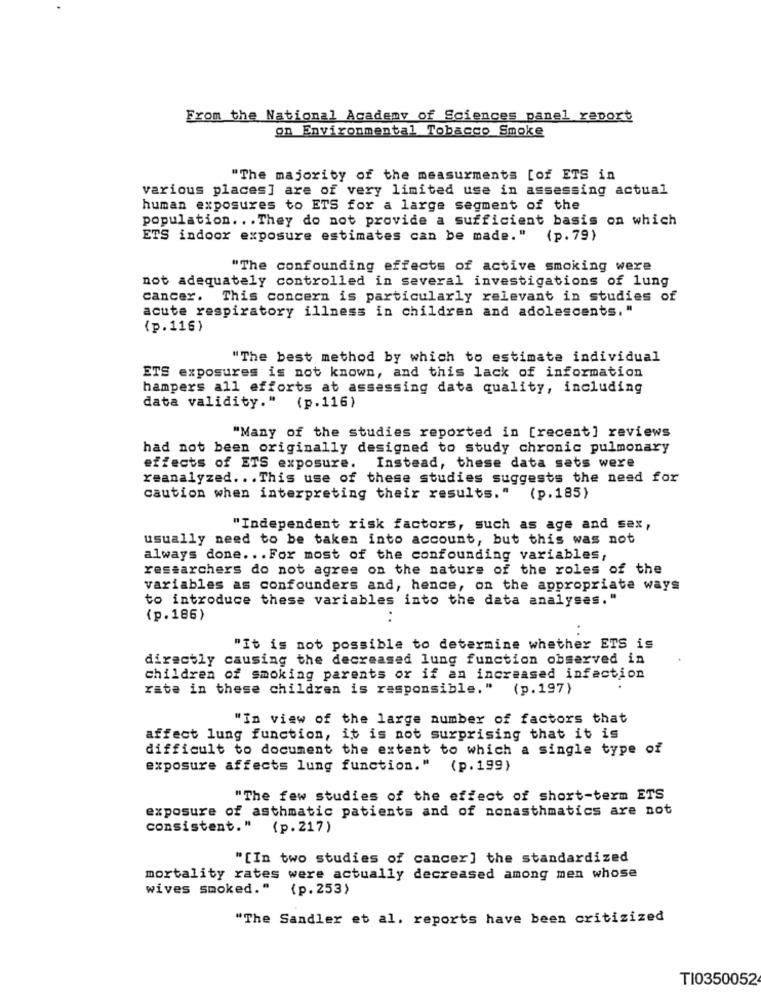
From the National Academy of Sciences panel report
on Environmental Tobacco Smoke
"The majority of the measurments [of ETS in
various places] are of very limited use in assessing actual
human exposures to ETS for a large segment of the
population ... They do not provide a sufficient basis on which
ETS indoor exposure estimates can be made."
(p. 79)
"The confounding effects of active smoking were
not adequately controlled in several investigations of lung
cancer. This concern is particularly relevant in studies of
acute respiratory illness in children and adolescents."
(p.116)
"The best method by which to estimate individual
ETS exposures is not known, and this lack of information
hampers all efforts at assessing data quality, including
data validity."
(p.116)
"Many of the studies reported in [recent] reviews
had not been originally designed to study chronic pulmonary
effects of ETS exposure. Instead, these data sets were
reanalyzed ... This use of these studies suggests the need for
caution when interpreting their results." (p.185)
"Independent risk factors, such as age and sex,
usually need to be taken into account, but this was not
always done ... For most of the confounding variables,
researchers do not agree on the nature of the roles of the
variables as confounders and, hence, on the appropriate ways
to introduce these variables into the data analyses."
(p.186)
..
"It is not possible to determine whether ETS is
directly causing the decreased lung function observed in
children of smoking parents or if an increased infection
rate in these children is responsible."
(p.197)
"In view of the large number of factors that
affect lung function, it is not surprising that it is
difficult to document the extent to which a single type of
exposure affects lung function."
(p.199)
"The few studies of the effect of short-term ETS
exposure of asthmatic patients and of nonasthmatics are not
consistent." (p.217)
"[In two studies of cancer] the standardized
mortality rates were actually decreased among men whose
wives smoked."
(p.253)
"The Sandler et al. reports have been critizized
T10350052